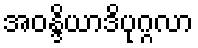
အဝန္ဒိယာဒိပုဂ္ဂလာ